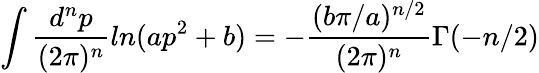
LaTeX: \int\frac{d^{n}p}{(2\pi)^{n}}ln(ap^{2}+b)=-\frac{(b\pi/a)^{n/2}}{(2\pi)^{n}}\Gamma(-n/2)